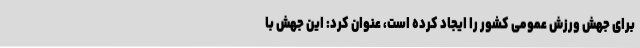
برای جهش ورزش عمومی کشور را ایجاد کرده است، عنوان کرد: این جهش با